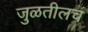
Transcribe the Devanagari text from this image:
जुळतीलच